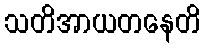
သတိအာယတနေတိ